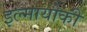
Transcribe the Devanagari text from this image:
इल्मायोकी